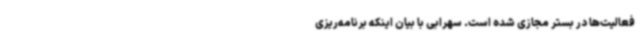
فعالیت‌ها در بستر مجازی شده است. سهرابی با بیان اینکه برنامه‌ریزی